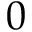
0